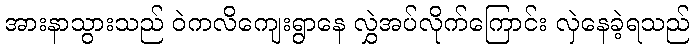
အားနာသွားသည် ဝဲကလိကျေးရွာနေ လွှဲအပ်လိုက်ကြောင်း လှဲနေခဲ့ရသည်